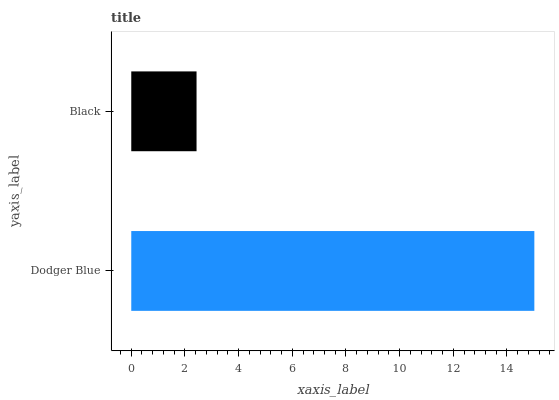
| yaxis_label | bars |
 | --- | --- |
 | Dodger Blue | 15 |
 | Black | 2.43 |